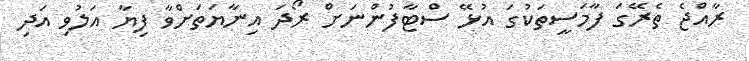
ރާއްޖެ ތެރޭގަ ފާމަސީތަކުގަ އުޅޭ ސްޓާފުންނަށް ރޯދަ އިނާޔަތަށްވާ ފިޔާ އަލުވި އަދި